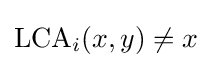
\mathrm {LCA} _{i}(x,y)\neq x